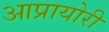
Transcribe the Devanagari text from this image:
आप्रायोरी